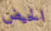
الحيض